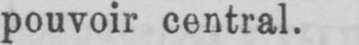
pouvoir central.